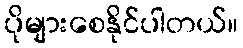
ပိုများစေနိုင်ပါတယ်။